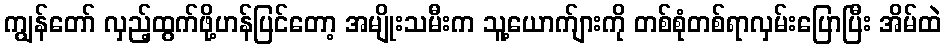
ကျွန်တော် လှည့်ထွက်ဖို့ဟန်ပြင်တော့ အမျိုးသမီးက သူ့ယောက်ျားကို တစ်စုံတစ်ရာလှမ်းပြောပြီး အိမ်ထဲ